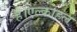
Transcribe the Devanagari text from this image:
हैं।एल्कोहल